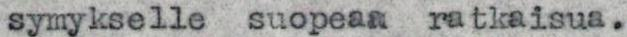
symykselle suopeaa ratkaisua.